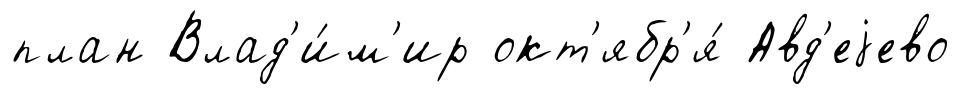
план Влад'и́м'ир окт'ябр'я́ Авд'еjево